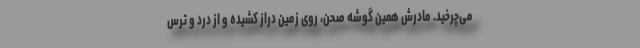
می‌چرخید. مادرش همین گوشه صحن، روی زمین دراز کشیده و از درد و ترس